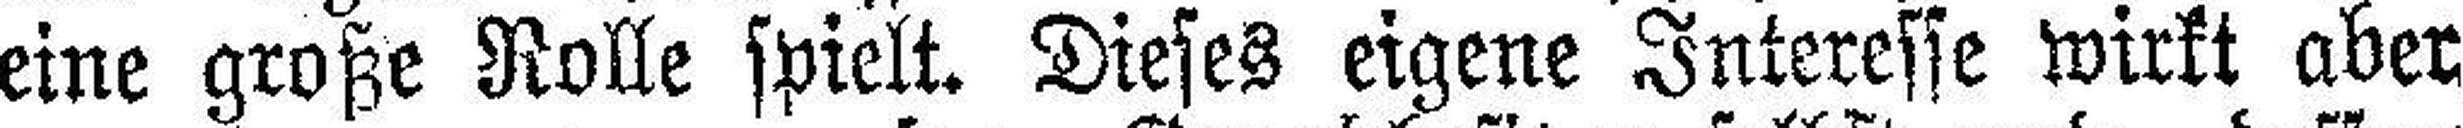
eine große Rolle spielt. Dieses eigene Interesse wirkt aber